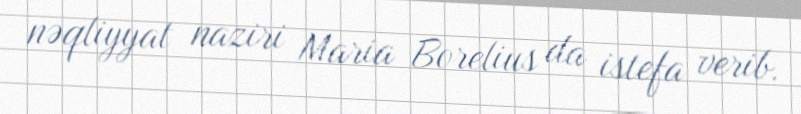
nəqliyyat naziri Maria Borelius da istefa verib.